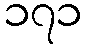
၁၇၁